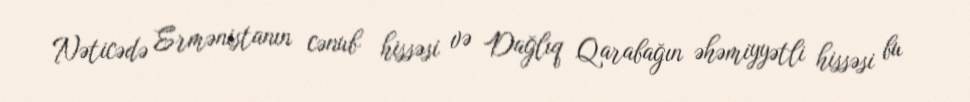
Nəticədə Ermənistanın cənub hissəsi və Dağlıq Qarabağın əhəmiyyətli hissəsi bu